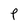
Character: P